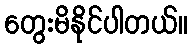
တွေးမိနိုင်ပါတယ်။